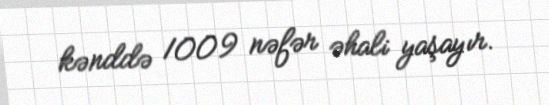
kənddə 1009 nəfər əhali yaşayır.